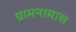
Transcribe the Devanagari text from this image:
ग्रामनामास